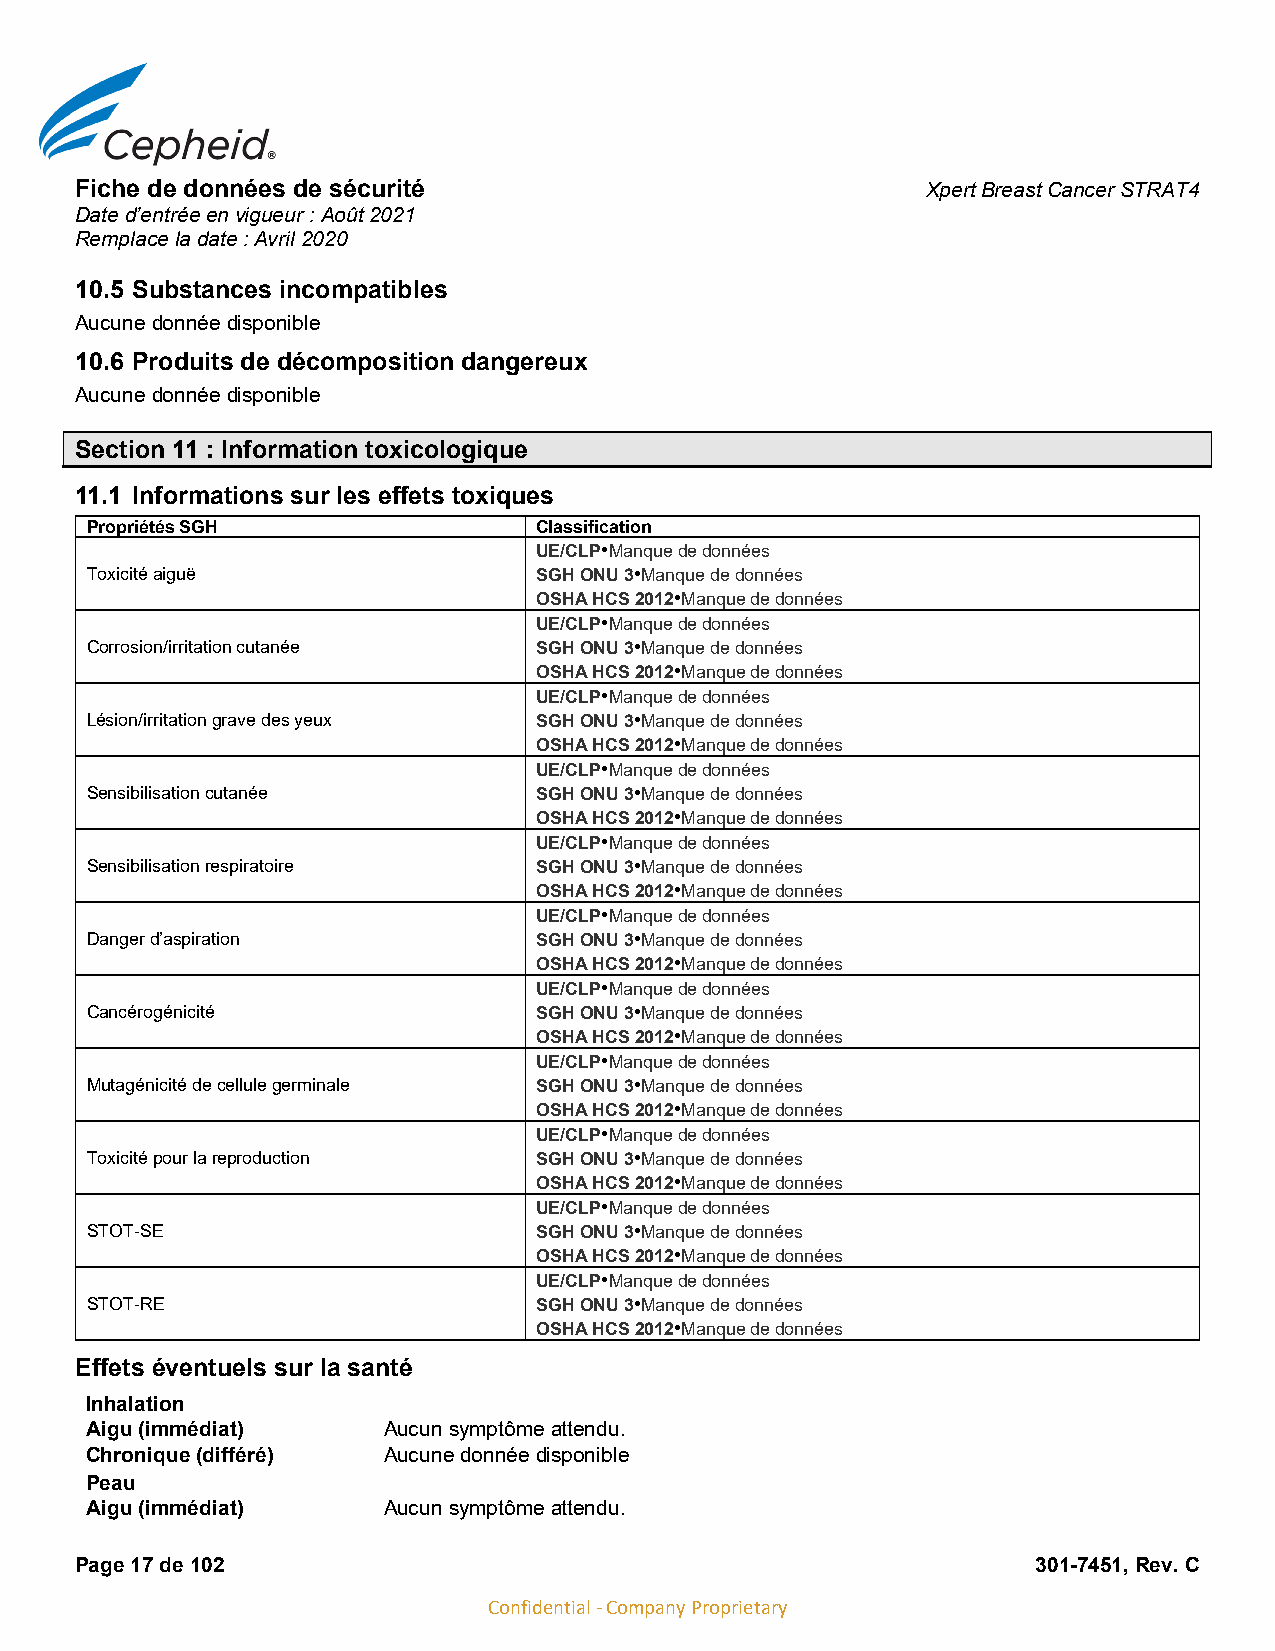
Fiche de données de sécurité                            Xpert Breast Cancer STRAT4
 Date d’entrée en vigueur : Août 2021
 Remplace la date : Avril 2020
 10.5 Substances incompatibles
 Aucune donnée disponible
 10.6 Produits de décomposition dangereux
 Aucune donnée disponible
 Section 11 : Information toxicologique
 11.1 Informations sur les effets toxiques
 Propriétés SGH                Classification
 UE/CLP•Manque de données
 Toxicité aiguë                SGH ONU 3•Manque de données
 OSHA HCS 2012•Manque de données
 UE/CLP•Manque de données
 Corrosion/irritation cutanée  SGH ONU 3•Manque de données
 OSHA HCS 2012•Manque de données
 UE/CLP•Manque de données
 Lésion/irritation grave des yeux SGH ONU 3•Manque de données
 OSHA HCS 2012•Manque de données
 UE/CLP•Manque de données
 Sensibilisation cutanée       SGH ONU 3•Manque de données
 OSHA HCS 2012•Manque de données
 UE/CLP•Manque de données
 Sensibilisation respiratoire  SGH ONU 3•Manque de données
 OSHA HCS 2012•Manque de données
 UE/CLP•Manque de données
 Danger d’aspiration           SGH ONU 3•Manque de données
 OSHA HCS 2012•Manque de données
 UE/CLP•Manque de données
 Cancérogénicité               SGH ONU 3•Manque de données
 OSHA HCS 2012•Manque de données
 UE/CLP•Manque de données
 Mutagénicité de cellule germinale SGH ONU 3•Manque de données
 OSHA HCS 2012•Manque de données
 UE/CLP•Manque de données
 Toxicité pour la reproduction SGH ONU 3•Manque de données
 OSHA HCS 2012•Manque de données
 UE/CLP•Manque de données
 STOT-SE                       SGH ONU 3•Manque de données
 OSHA HCS 2012•Manque de données
 UE/CLP•Manque de données
 STOT-RE                       SGH ONU 3•Manque de données
 OSHA HCS 2012•Manque de données
 Effets éventuels sur la santé
 Inhalation
 Aigu (immédiat)    Aucun symptôme attendu.
 Chronique (différé) Aucune donnée disponible
 Peau
 Aigu (immédiat)    Aucun symptôme attendu.
 Page 17 de 102                                                  301-7451, Rev. C
 Confidential - Company Proprietary